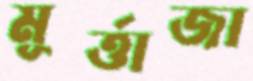
মূর্ত্তাজা